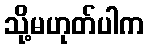
သို့မဟုတ်ပါက